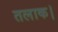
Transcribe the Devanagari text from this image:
तलाक।